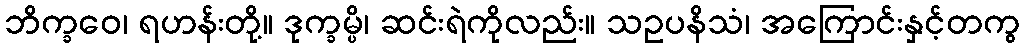
ဘိက္ခဝေ၊ ရဟန်းတို့။ ဒုက္ခမ္ပိ၊ ဆင်းရဲကိုလည်း။ သဥပနိသံ၊ အကြောင်းနှင့်တကွ